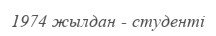
1974 жылдан - студенті